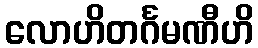
လောဟိတင်္ဂမဏီဟိ